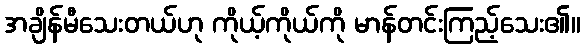
အချိန်မီသေးတယ်ဟု ကိုယ့်ကိုယ်ကို မာန်တင်းကြည့်သေး၏။